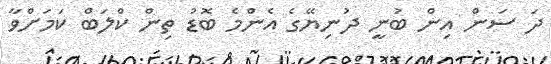
ދަ ސަން އިން ބުނީ ދުނިޔޭގެ އެންމެ ބޮޑު ތިން ކްލަބް ކަމަށްވާ